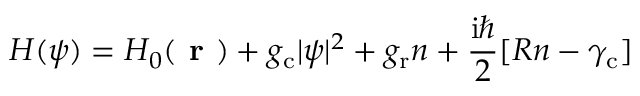
H ( \psi ) = H _ { 0 } ( \textbf { r } ) + g _ { \mathrm { c } } | \psi | ^ { 2 } + g _ { \mathrm { r } } n + \frac { \mathrm { i } \hbar } { 2 } [ R n - \gamma _ { \mathrm { c } } ]